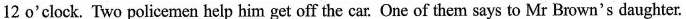
12 o'clock. Two policemen help him get off the car. One of them says to Mr Brown's daughter.